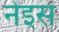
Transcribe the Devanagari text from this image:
नेइस